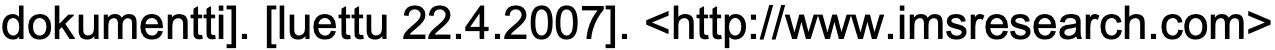
dokumentti]. [luettu 22.4.2007]. <http://www.imsresearch.com>